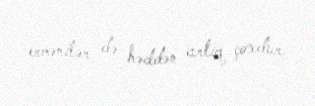
ermənilər də həddən artıq çoxdur.